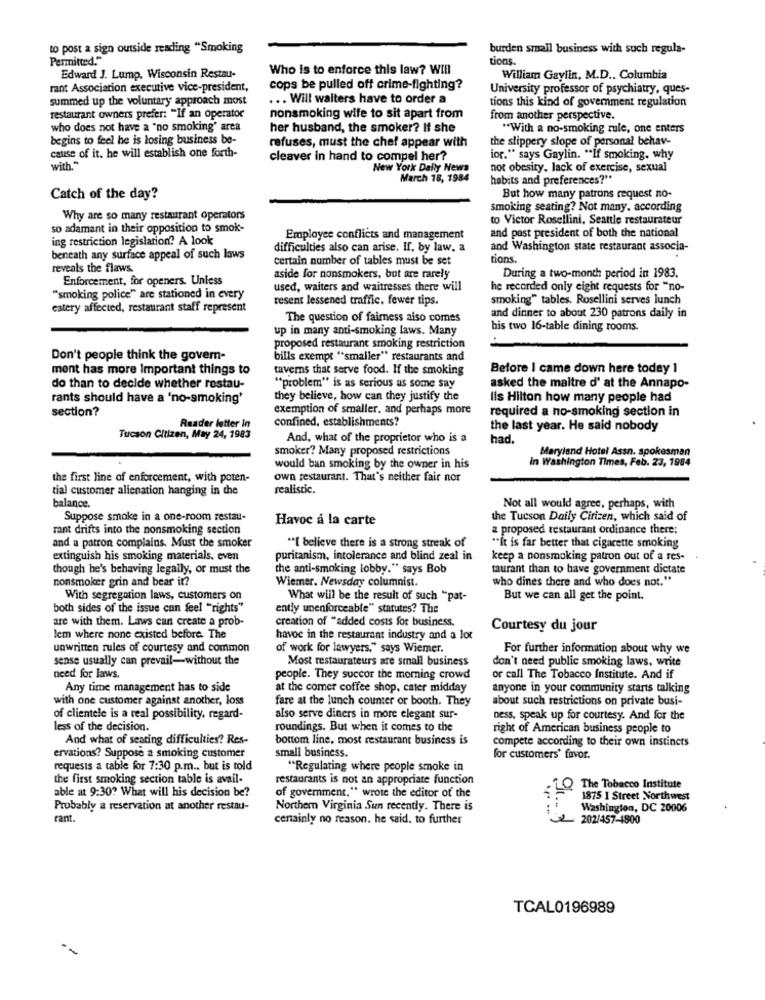
to post a sign outside reading "Smoking
burden small business with such regula-
Permitted."
tions.
Who is to enforce this law? Will
Edward J. Lump, Wisconsin Restau-
William Gaylin, M.D .. Columbia
rant Association executive vice-president,
cops be pulled off crime-fighting?
University professor of psychiatry, ques-
summed up the voluntary approach most
... Will walters have to order a
tions this kind of government regulation
restaurant owners prefer: "If an operator
nonsmoking wife to sit apart from
from another perspective.
who does not have a "no smoking' area
her husband, the smoker? If she
** With a no-smoking mule, one enters
begins to feel he is losing business be-
refuses, must the chef appear with
the slippery slope of personal behav-
cause of it. he will establish one forth-
cleaver in hand to compel her?
ior." says Gaylin. "If smoking. why
with."
New York Daily News
not obesity, lack of exercise, sexual
March 18, 1984
habits and preferences?"
Catch of the day?
But how many patrons request no-
Smoking seating? Not many, according
Why are so many restaurant operators
to Victor Rosellini, Seattle restaurateur
so adamant in their opposition to smok-
ing restriction legislation? A look
Employee conflicts and management
and past president of both the national
difficulties also can arise. If, by law, a
and Washington state restaurant associa-
beneath any surface appeal of such laws
certain number of tables must be set
tions.
reveals the flaws.
Enforcement, for openers. Unless
aside for nonsmokers, but are rarely
During a two-month period in 1983.
used, waiters and waitresses there will
he recorded only eight requests for "no-
"smoking police" are stationed in every
resent lessened traffic. fewer tips.
smoking" tables. Rosellini serves lunch
eatery affected, restaurant staff represent
The question of fairness aiso comes
and dinner to about 230 patrons daily in
up in many anti-smoking laws. Many
his two 16-table dining rooms.
proposed restaurant smoking restriction
Don't people think the govern-
bills exempt "smaller" restaurants and
ment has more Important things to
taverns that serve food. If the smoking
Before I came down here today 1
do than to decide whether rostau-
"problem" is as serious as some say
asked the maitre d' at the Annapo-
rants should have a 'no-smoking'
they believe, how can they justify the
Ils Hilton how many people had
section?
exemption of smaller, and perhaps more
required a no-smoking section in
confined, establishments?
Reader letter in
the last year. He said nobody
Tucson Citizen, May 24, 1983
And, what of the proprietor who is a
had.
smoker? Many proposed restrictions
Maryland Hotel Assn. spokesman
in Washington Times, Feb. 23, 1984
would ban smoking by the owner in his
the first line of enforcement, with poten-
own restaurant. That's neither fair nor
tial customer alienation hanging in the
realistic.
balance.
Not all would agree, perhaps, with
Suppose smoke in a one-room restau-
Havoc a la carte
the Tucson Daily Citizen, which said of
rant drifts into the nonsmoking section
a proposed restaurant ordinance there:
and a patron complains. Must the smoker
"*[ believe there is a strong streak of
"It is far better that cigarette smoking
extinguish his smoking materials. even
puritanism, intolerance and blind zeal in
keep a nonsmoking patron out of a res-
though he's behaving legally, or must the
the anti-smoking lobby." says Bob
taurant than to have government dictate
nonsmoker grin and bear it?
Wiemer. Newsday columnist.
who dines there and who does not."
With segregation laws, customers on
What will be the result of such "pat-
But we can all get the point.
both sides of the issue can feel "rights"
ently unenforceable" statutes? The
are with them. Laws can create a prob-
creation of "added costs for business.
Courtesy du jour
lem where none existed before. The
havoc in the restaurant industry and a lot
unwritten rules of courtesy and common
of work for lawyers," says Wiemer.
For further information about why we
sense usually can prevail-without the
Most restaurateurs are small business
don't need public smoking laws, write
need for laws.
people. They succor the morning crowd
or call The Tobacco Institute. And if
Any time management has to side
at the comer coffee shop, cater midday
anyone in your community starts talking
with one customer against another, loss
fare at the lunch counter or booth. They
about such restrictions on private busi-
of clientele is a real possibility, regard-
also serve diners in more elegant sur-
ness, speak up for courtesy. And for the
less of the decision.
roundings. But when it comes to the
right of American business people to
And what of seating difficulties? Res-
bottom line. most restaurant business is
compete according to their own instincts
ervations? Suppose a smoking customer
small business.
for customers' favor.
requests a table for 7:30 p.m ., but is told
"Regulating where people smoke in
the first smoking section table is avail-
restaurants is not an appropriate function
able at 9:30? What will his decision be?
LQ The Tobacco Institute
of government," wrote the editor of the
1875 I Street Northwest
Probably a reservation at another restau-
Northern Virginia Sun recently. There is
Washington, DC 20006
rant.
cenainly no reason. he said, to further
2 202/457-4800
TCAL0196989